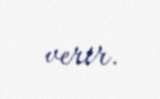
verir.